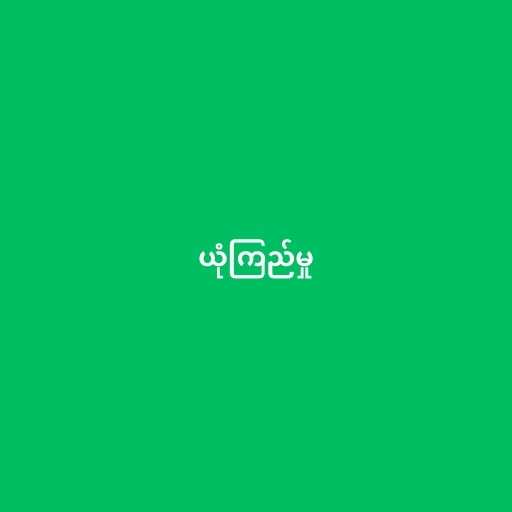
ယုံကြည်မှု